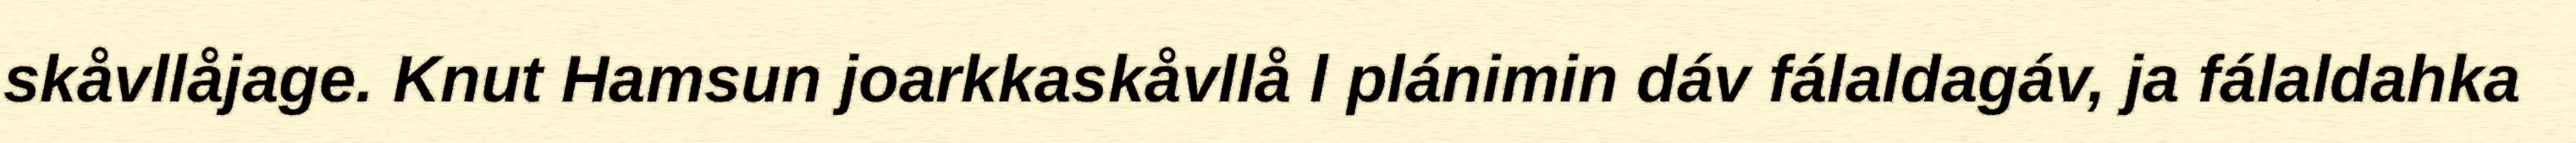
skåvllåjage. Knut Hamsun joarkkaskåvllå l plánimin dáv fálaldagáv, ja fálaldahka